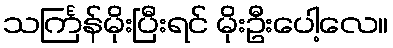
သင်္ကြန်မိုးပြီးရင် မိုးဦးပေါ့လေ။